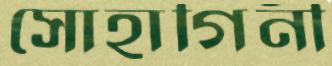
সোহাগিনী